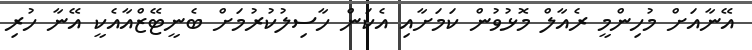
އޭނާއަށް މުހިންމީ ރެއާލް މޮޅުވުން ކަމަށާއި އެކަން ހާސިލުކުރުމަށް ބެނީޓޭޒްއާއެކީ އޭނާ ހުރި